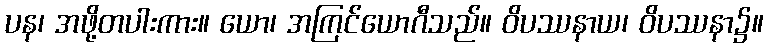
ပန၊ အဖို့တပါးကား။ ယော၊ အကြင်ယောဂီသည်။ ဝိပဿနာယ၊ ဝိပဿနာ၌။